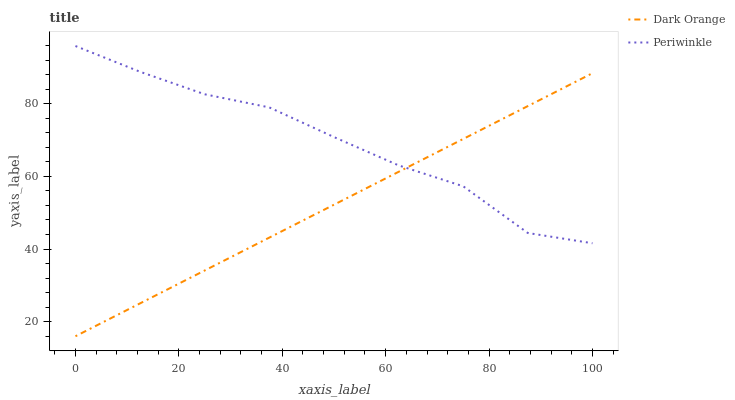
| xaxis_label | Dark Orange | Periwinkle |
 | --- | --- | --- |
 | 0 | 16 | 95.9 |
 | 12.5 | 25 | 88.8 |
 | 25 | 34.1 | 82.6 |
 | 37.5 | 43.1 | 79 |
 | 50 | 52.2 | 70.8 |
 | 62.5 | 61.2 | 63 |
 | 75 | 70.3 | 57.3 |
 | 87.5 | 79.3 | 44.4 |
 | 100 | 88.4 | 41.6 |